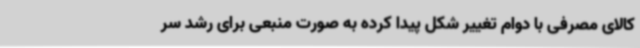
کالای مصرفی با دوام تغییر شکل پیدا کرده به صورت منبعی برای رشد سر